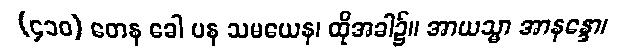
(၄၁၀) တေန ခေါ ပန သမယေန၊ ထိုအခါ၌။ အာယသ္မာ အာနန္ဒော၊